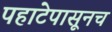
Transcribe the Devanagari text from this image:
पहाटेपासूनच